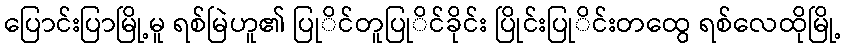
ပြောင်းပြာမြို့မူ ရစ်မြဲဟူ၏ ပြုိင်တူပြုိင်ခိုင်း ပြိုင်းပြုိင်းတထွေ ရစ်လေထိုမြို့